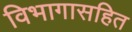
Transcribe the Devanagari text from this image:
विभागासहित